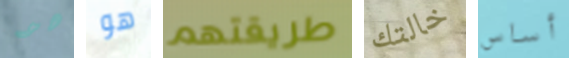
هو هو طريقتهم خالتك أساس